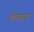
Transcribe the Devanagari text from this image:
डोळ्यानां